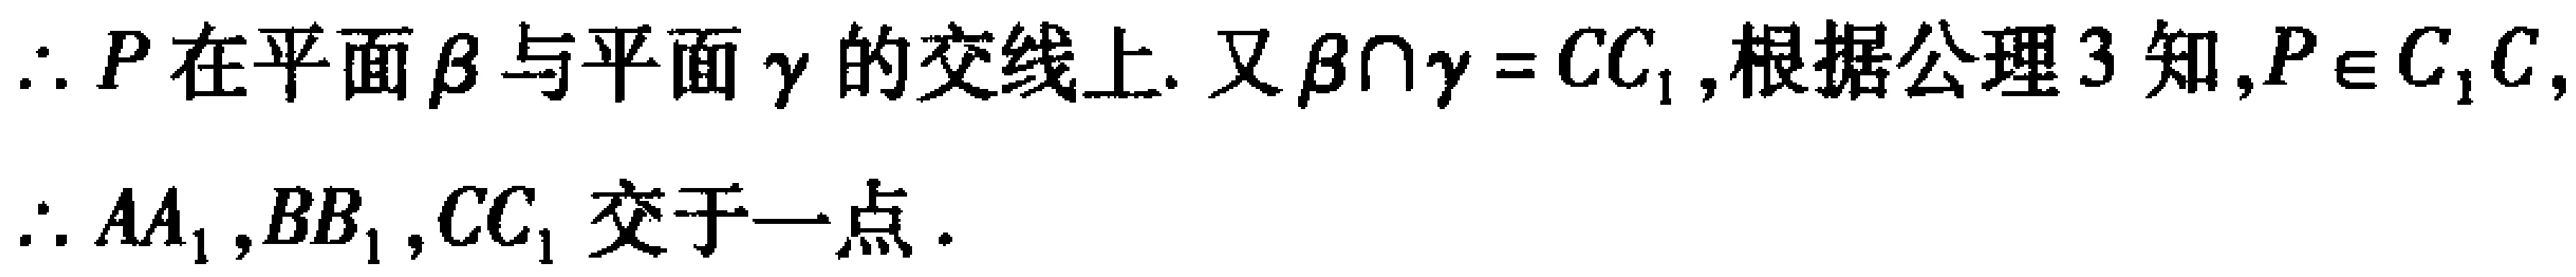
$\therefore P在平面\beta 与平面\gamma 的交线上. 又\beta\cap\gamma = CC_{1},根据公理3知,P\in C_{1}C,$
$\therefore AA_{1},BB_{1},CC_{1}交于一点.$